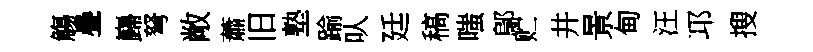
觴疊巋弩敞蕭旧塾踰㕥廷稿嗤鄔贮井景甸汪邛搜